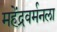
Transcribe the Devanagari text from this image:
महेंद्रवर्मनला